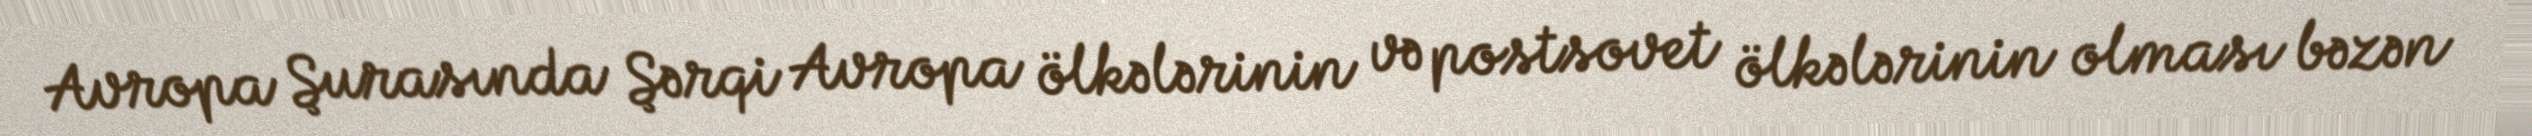
Avropa Şurasında Şərqi Avropa ölkələrinin və postsovet ölkələrinin olması bəzən